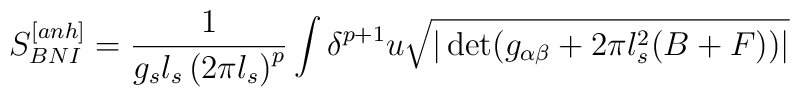
S_{BNI}^{[anh]}=\frac{1}{g_{s}l_{s}\left( 2\pi l_{s}\right) ^{p}}\int \delta^{p+1}u\sqrt{|\det (g_{\alpha \beta }+2\pi l_{s}^{2}(B+F))|}